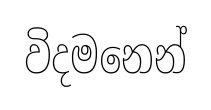
විදමනෙන්